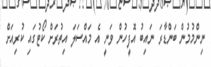
ނިންމުމުން ބަންޑާރަ ނައިބު އޮފީހުން ވަނީ އެ މައްސަލަ އިތުރަށް ކޯޓުގައި ކުރިއަށް